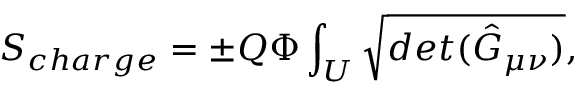
S _ { c h a r g e } = { \pm } Q { \Phi } \int _ { U } \sqrt { d e t ( { \hat { G } } _ { \mu \nu } ) } ,